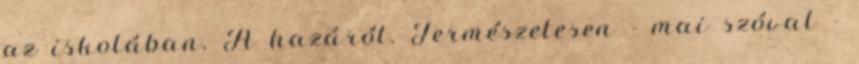
az iskolában. A hazáról. Természetesen - mai szóval -